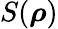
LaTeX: S(\boldsymbol{\rho})